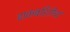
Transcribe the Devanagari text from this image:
ढाकबहिरीचा